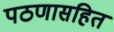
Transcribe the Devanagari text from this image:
पठणासहित